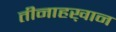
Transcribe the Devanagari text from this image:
तीनाहख़ान